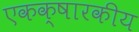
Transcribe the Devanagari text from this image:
एकक्षारकीय